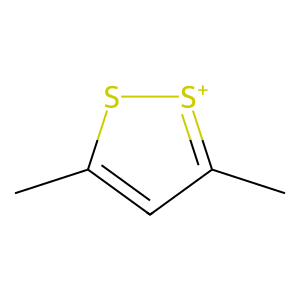
SMILES: Cc1cc(C)[s+]s1
Inhibits HIV replication: No